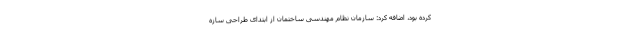
کرده بود، اضافه کرد: سازمان نظام مهندسی ساختمان از ابتدای طراحی سازه